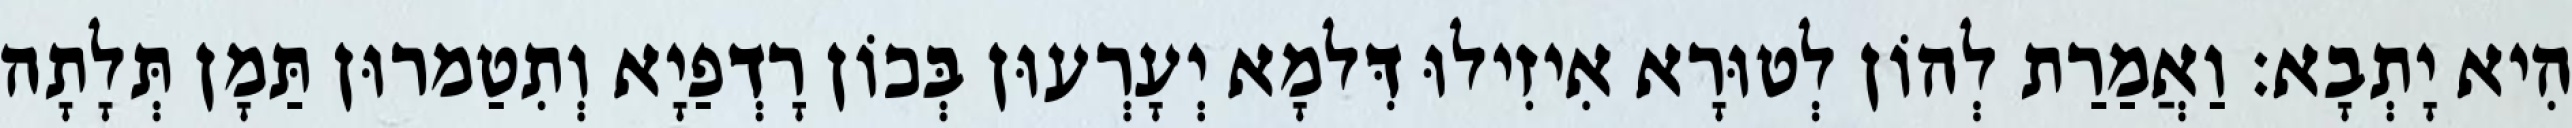
הִיא יָתְבָא׃ וַאֲמַרַת לְהוֹן לְטוּרָא אִיזִילוּ דִּלמָא יְעָרְעוּן בְּכוֹן רָדְפַיָא וְתִטַמרוּן תַּמָן תְּלָתָה